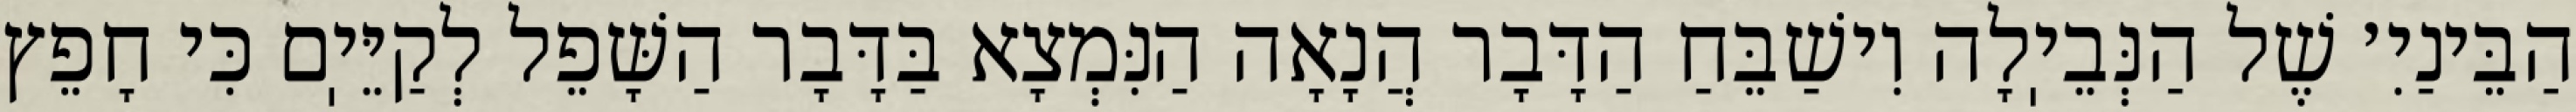
הַבֵּינַיִ׳ שֶׁל הַנְּבֵיֽלָה וִישַׁבֵּחַ הַדָּבָר הֲנָאָה הַנִּמְצָא בַּדָּבָר הַשָּׁפֵל לְקַיֵּיֽם כִּי חָפֵץ